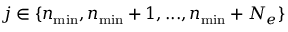
j \in \{ n _ { \mathrm { m i n } } , n _ { \mathrm { m i n } } + 1 , . . . , n _ { \mathrm { m i n } } + N _ { e } \}